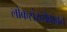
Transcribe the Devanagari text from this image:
लोकसंख्येबाबत